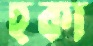
হুকা